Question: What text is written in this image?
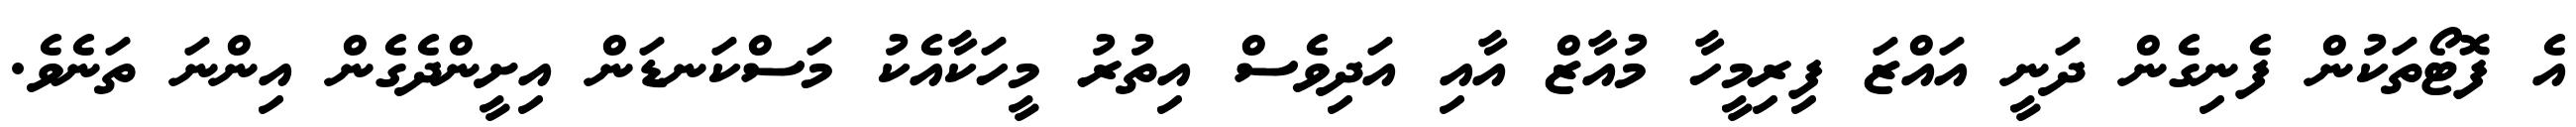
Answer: އެ ފޮޓޯތަކުން ފެނިގެން ދަނީ އައްޒަ ފިރިމީހާ މުއާޒް އާއި އަދިވެސް އިތުރު މީހަކާއެކު މަސްކަނޑަން އިށީންދެގެން އިންނަ ތަނެވެ.